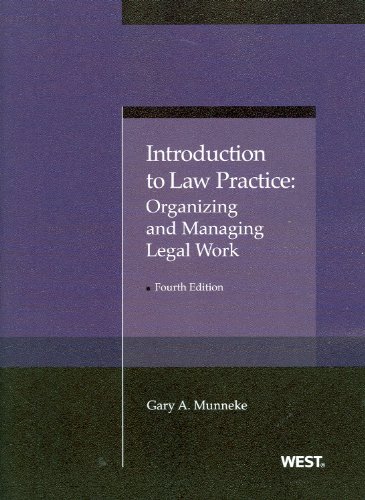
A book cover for Introduction to Law Practice: Organizing and Managing Legal Work (American Casebook Series); Gary Munneke; Law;